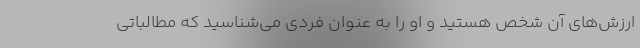
ارزش‌های آن شخص هستید و او را به عنوان فردی می‌شناسید که مطالباتی